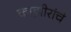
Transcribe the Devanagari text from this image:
काझीरांचे